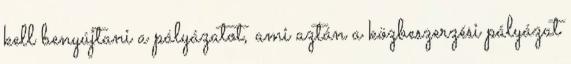
kell benyújtani a pályázatot, ami aztán a közbeszerzési pályázat